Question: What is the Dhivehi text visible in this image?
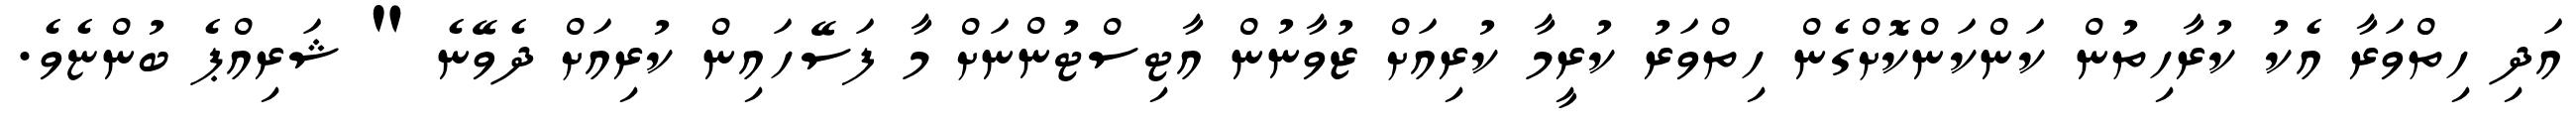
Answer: އަދި ހިތްވަރާ އެކު ކުރާހިތުން ކަންކަންކޮށްގެން ހިތްވަރު ކުރީމާ ކުރިއަށް ޒުވާނުން އާޓިސްޓުންނަށް މާ ފަސޭހައިން ކުރިއަށް ދެވޭނެ " ޝަރިއްޕެ ބުންޏެވެ.